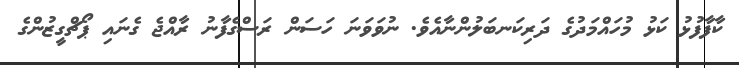
ކާފާފުޅު ކަޅު މުހައްމަދުގެ ދަރިކަނބަލުންނާއެވެ. ނުވަވަނަ ހަސަން ރަސްގެފާނު ރާއްޖެ ގެނައި ޕޯޗްގީޒުންގެ